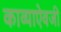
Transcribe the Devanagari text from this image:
काव्याऐवजी